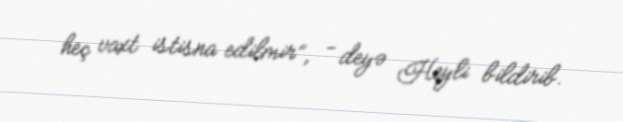
heç vaxt istisna edilmir”, - deyə Heyli bildirib.